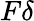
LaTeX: F\delta